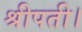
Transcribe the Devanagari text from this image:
श्रीपती।